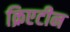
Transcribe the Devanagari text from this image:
क्रिएटीन